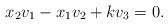
LaTeX: \begin{align*}x_2v_1-x_1v_2+kv_3=0.\end{align*}